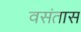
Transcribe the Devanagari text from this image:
वसंतास